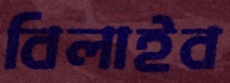
বিলাইব